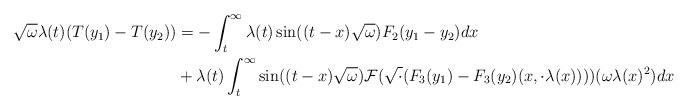
LaTeX: \begin{align*} \sqrt{\omega} \lambda(t)(T(y_{1})-T(y_{2})) &=-\int_{t}^{\infty}\lambda(t) \sin((t-x)\sqrt{\omega})F_{2}(y_{1}-y_{2}) dx\\&+\lambda(t)\int_{t}^{\infty} \sin((t-x)\sqrt{\omega}) \mathcal{F}(\sqrt{\cdot} (F_{3}(y_{1})-F_{3}(y_{2})(x,\cdot \lambda(x))))(\omega \lambda(x)^{2}) dx\end{align*}